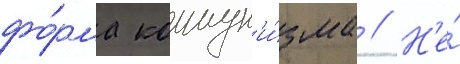
фо́рма коммун'и́зма // Н'е́